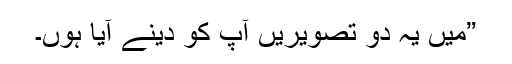
”میں یہ دو تصویریں آپ کو دینے آیا ہوں۔